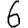
Digit: 6